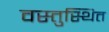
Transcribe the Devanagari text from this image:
वस्तुस्थित